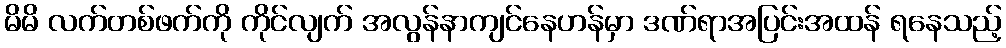
မိမိ လက်တစ်ဖက်ကို ကိုင်လျက် အလွန်နာကျင်နေဟန်မှာ ဒဏ်ရာအပြင်းအထန် ရနေသည့်